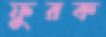
ফুরক